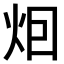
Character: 𤇆